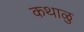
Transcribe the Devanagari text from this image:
कथाळु